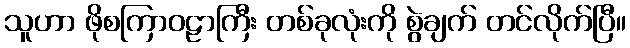
သူဟာ ဖိုစကြာဝဠာကြီး တစ်ခုလုံးကို စွဲချက် တင်လိုက်ပြီ။